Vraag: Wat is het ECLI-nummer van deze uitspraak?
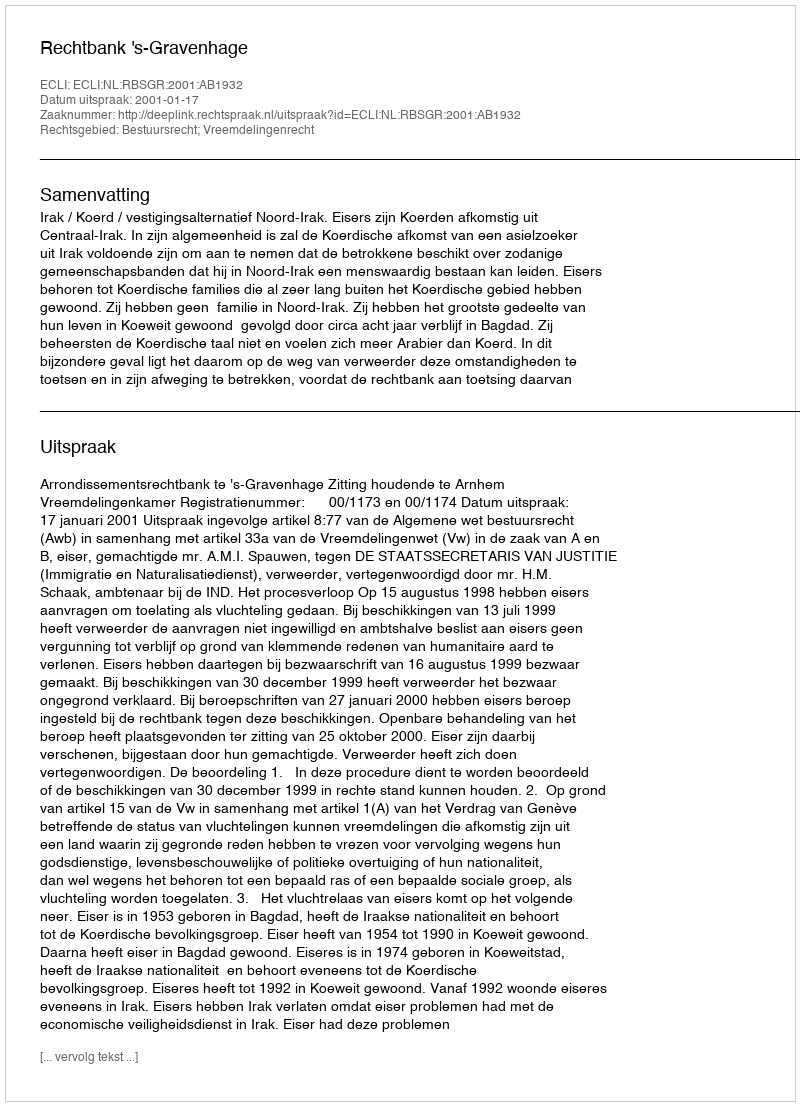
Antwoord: ECLI:NL:RBSGR:2001:AB1932